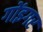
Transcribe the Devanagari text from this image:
गोंइगर